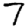
Digit: 7